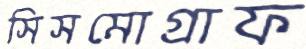
সিসমোগ্রাফ